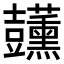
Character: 𧰣